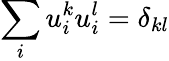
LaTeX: \sum_{i}u_{i}^{k}u_{i}^{l}=\delta_{kl}